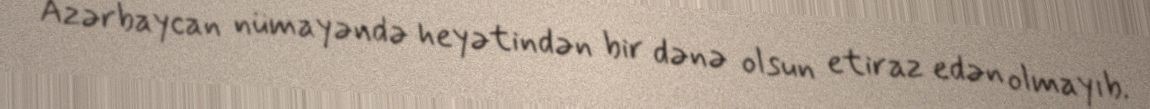
Azərbaycan nümayəndə heyətindən bir dənə olsun etiraz edən olmayıb.